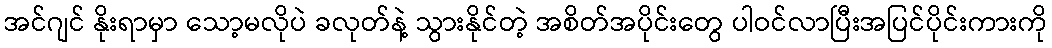
အင်ဂျင် နိုးရာမှာ သော့မလိုပဲ ခလုတ်နဲ့ သွားနိုင်တဲ့ အစိတ်အပိုင်းတွေ ပါဝင်လာပြီးအပြင်ပိုင်းကားကို